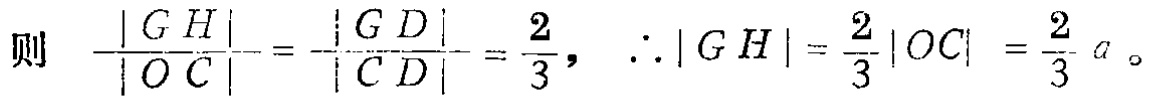
则 \(\frac{|GH|}{|OC|}=\frac{|GD|}{|CD|}=\frac{2}{3}\)，\(\therefore|GH|=\frac{2}{3}|OC|=\frac{2}{3}a\)。